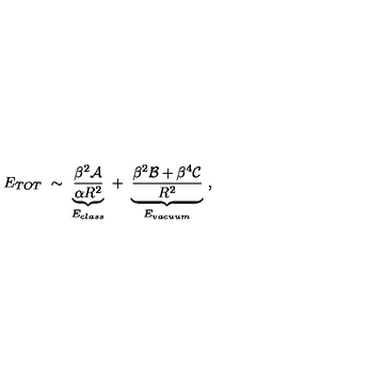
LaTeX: E _ { T O T } \ \sim \ \underbrace { \frac { \beta ^ { 2 } { \cal A } } { \alpha R ^ { 2 } } } _ { E _ { c l a s s } } \ + \ \underbrace { \frac { \beta ^ { 2 } { \cal B } + \beta ^ { 4 } { \cal C } } { R ^ { 2 } } } _ { E _ { v a c u u m } } \ ,